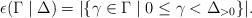
LaTeX: \begin{align*}\epsilon(\Gamma\mid \Delta)=|\{\gamma\in\Gamma\mid 0\leq \gamma<\Delta_{>0}\}|.\end{align*}